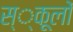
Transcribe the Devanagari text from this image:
स्‍्कूलों